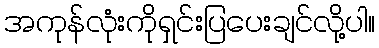
အကုန်လုံးကိုရှင်းပြပေးချင်လို့ပါ။